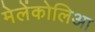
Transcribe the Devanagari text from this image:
मेलेंकोलिआ